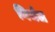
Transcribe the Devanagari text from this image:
निर्भल